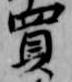
買